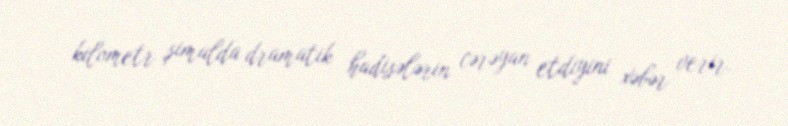
kilometr şimalda dramatik hadisələrin cərəyan etdiyini xəbər verir.